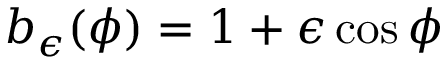
b _ { \epsilon } ( \phi ) = 1 + \epsilon \cos \phi